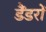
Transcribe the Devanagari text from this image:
डैंडरों